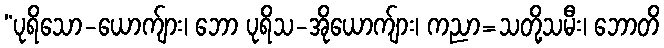
“ပုရိသော-ယောက်ျား၊ ဘော ပုရိသ-အိုယောက်ျား၊ ကညာ=သတို့သမီး၊ ဘောတိ